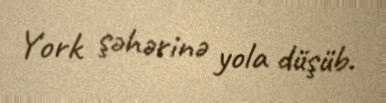
York şəhərinə yola düşüb.